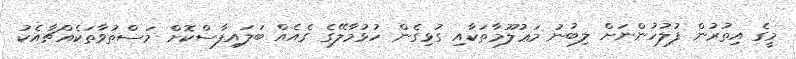
މީގެ އިތުރުން ފުލުހުންނަށް ލިބުނު މަޢުލޫމާތަކާއި ގުޅިގެން ހުޅުމާލޭގެ ގެއެއް ބަލައިފާސްކޮށް މަސްތުވާތަކެއްޗާއެކު